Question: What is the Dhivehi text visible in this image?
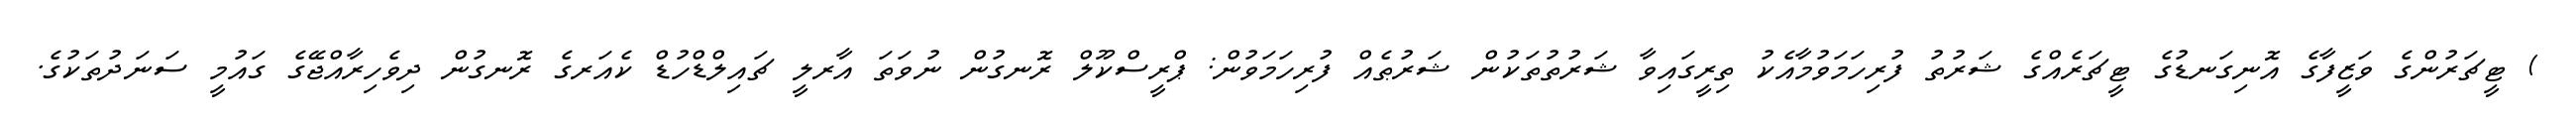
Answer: ) ޓީޗަރުންގެ ވަޒީފާގެ އޮނިގަނޑުގެ ޓީޗަރެއްގެ ޝަރުތު ފުރިހަމަވުމާއެކު ތިރީގައިވާ ޝަރުތުތަކުން ޝަރުޠެއް ފުރިހަމަވުން: ޕްރީސްކޫލް ރޮނގުން ނުވަތަ އާރލީ ޗައިލްޑްހުޑް ކެއަރގެ ރޮނގުން ދިވެހިރާއްޖޭގެ ގައުމީ ސަނަދުތަކުގެ.